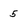
Character: 5